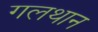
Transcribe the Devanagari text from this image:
गलथान